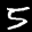
Label: 5